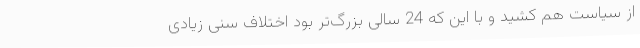
از سیاست هم کشید و با این که 24 سالی بزرگ‌تر بود اختلاف سنی زیادی